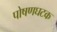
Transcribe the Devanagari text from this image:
पोषणघटक